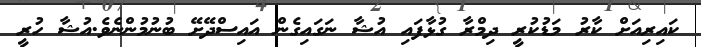
ކައިރިއަށް ކާރު މަޑުކުރީ ދިމްރާ ގުޅާފައި އުޝާ ނަގައިގެން އައިސްދޭށޭ ބުނުމުންނެވެ.އުޝާ ހުރީ